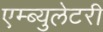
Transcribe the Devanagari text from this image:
एम्ब्युलेटरी